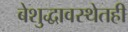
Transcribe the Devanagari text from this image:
बेशुद्धावस्थेतही